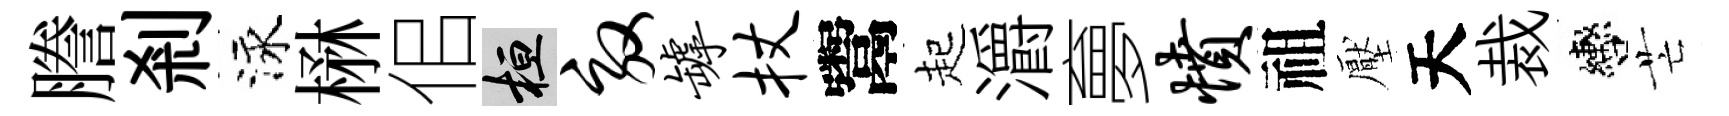
謄剎泳楙佀桓效罅杖鬻起灂夣愤祖壓天裁轡芒